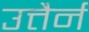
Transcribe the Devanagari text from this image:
उत्तैर्न